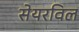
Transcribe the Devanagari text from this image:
सेयरविल